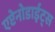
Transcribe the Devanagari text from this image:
एप्टेनोडाईट्स